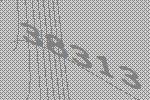
38313